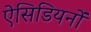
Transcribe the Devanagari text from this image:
ऐसिडियनों